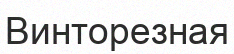
Винторезная